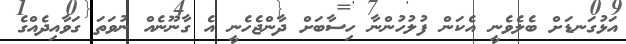
އަޅުގަނޑަށް ބެލެވެނީ އެކަން ފުލުހުންނާ ހިސާބަށް ދާންޖެހެނީ އެ ގާނޫނެއް ނުވަތަ ގަވާއިދެއްގެ